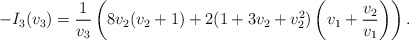
\begin{align*}-I_3(v_3)=\frac{1}{v_3}\left(8v_2(v_2+1)+2(1+3v_2+v_2^2)\left(v_1+\frac{v_2}{v_1}\right)\right).\end{align*}